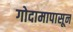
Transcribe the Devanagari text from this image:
गोदामापासून